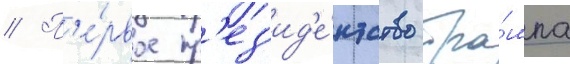
// П'е́рвое пр'ез'ид'е́нтство тра́мпа